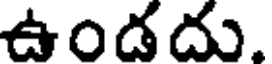
ఉండదు.